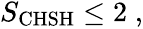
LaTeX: \begin{array}{r}{S_{\mathrm{CHSH}}\le 2\; ,}\end{array}